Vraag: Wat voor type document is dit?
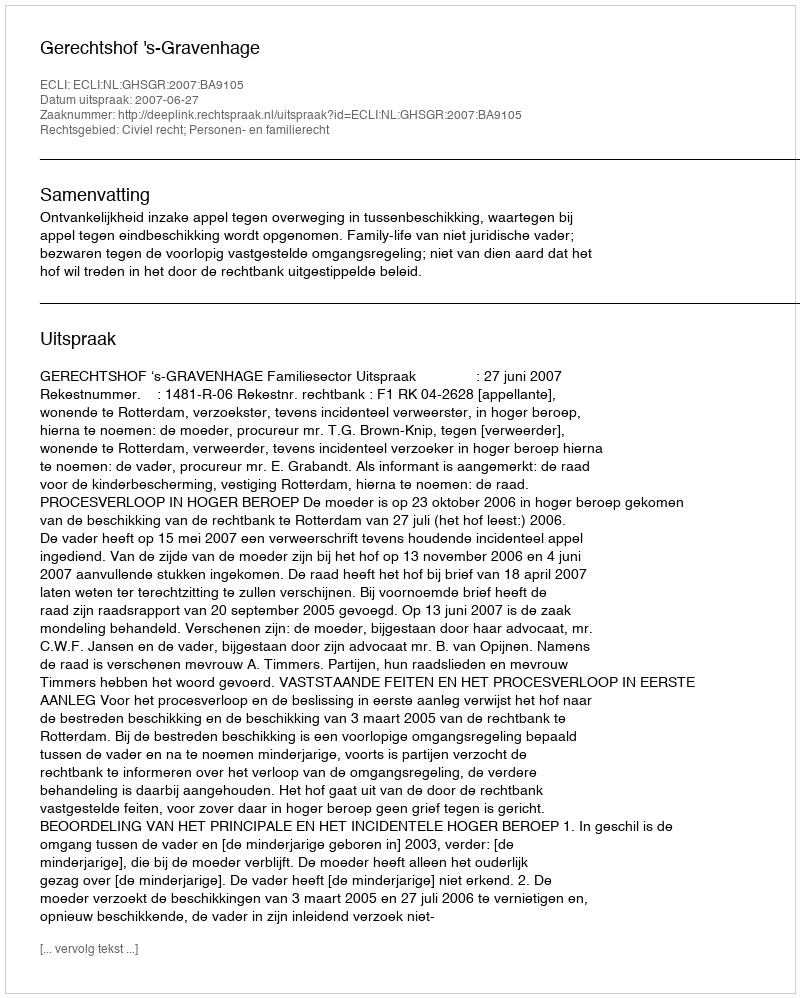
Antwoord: Uitspraak